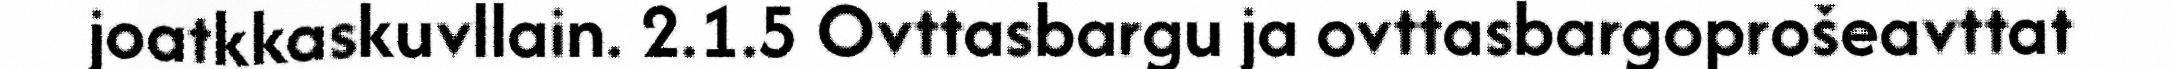
joatkkaskuvllain. 2.1.5 Ovttasbargu ja ovttasbargoprošeavttat